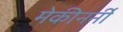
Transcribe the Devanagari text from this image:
मेकीनर्नी